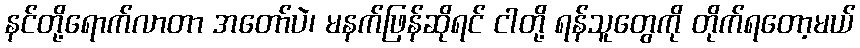
နင်တို့ရောက်လာတာ အတော်ပဲ၊ မနက်ဖြန်ဆိုရင် ငါတို့ ရန်သူတွေကို တိုက်ရတော့မယ်